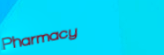
Pharmacy